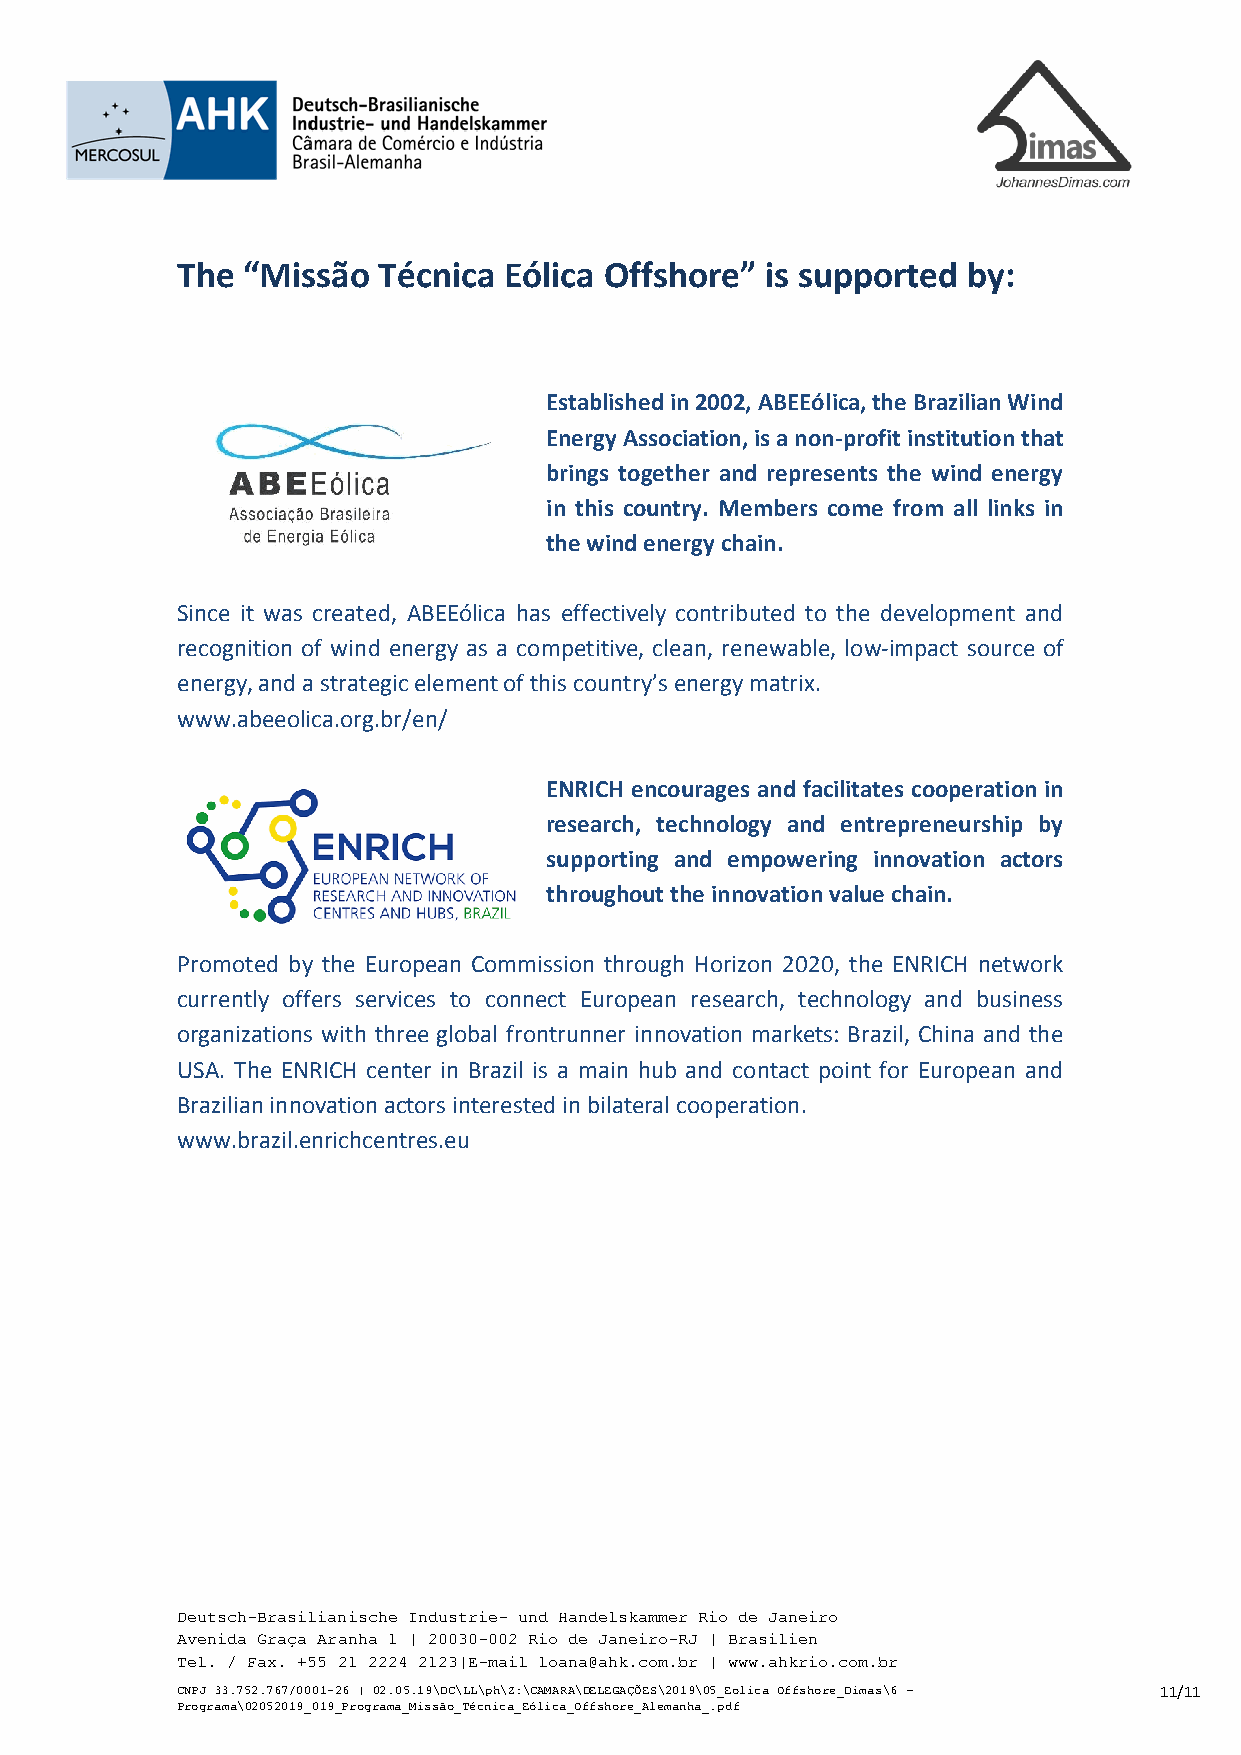
The “Missão  Técnica Eólica Offshore”  is supported by:
 Established in 2002, ABEEólica, the Brazilian Wind
 Energy Association, is a non-profit institution that
 brings together and represents the wind energy
 in this country. Members come from all links in
 the wind energy chain.
 Since it was created, ABEEólica has effectively contributed to the development and
 recognition of wind energy as a competitive, clean, renewable, low-impact source of
 energy, and a strategic element of this country’s energy matrix.
 www.abeeolica.org.br/en/
 ENRICH encourages and facilitates cooperation in
 research, technology and entrepreneurship by
 supporting and empowering innovation actors
 throughout the innovation value chain.
 Promoted by the European Commission through Horizon 2020, the ENRICH network
 currently offers services to connect European research, technology and business
 organizations with three global frontrunner innovation markets: Brazil, China and the
 USA. The ENRICH center in Brazil is a main hub and contact point for European and
 Brazilian innovation actors interested in bilateral cooperation.
 www.brazil.enrichcentres.eu
 Deutsch-Brasilianische Industrie- und Handelskammer Rio de Janeiro
 Avenida Graça Aranha 1 | 20030-002 Rio de Janeiro-RJ | Brasilien
 Tel. / Fax. +55 21 2224 2123|E-mail loana@ahk.com.br | www.ahkrio.com.br
 CNPJ 33.752.767/0001-26 | 02.05.19\DC\LL\ph\Z:\CAMARA\DELEGAÇÕES\2019\05_Eolica Offshore_Dimas\6 – 11/11
 Programa\02052019_019_Programa_Missão_Técnica_Eólica_Offshore_Alemanha_.pdf